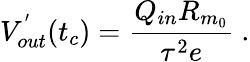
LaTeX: V_{out}^{'}(t_{c})=\frac{Q_{in}R_{m_{0}}}{\tau^{2}e}~.